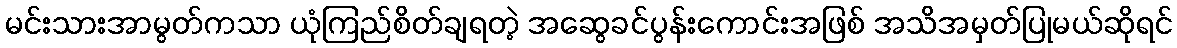
မင်းသားအာမွတ်ကသာ ယုံကြည်စိတ်ချရတဲ့ အဆွေခင်ပွန်းကောင်းအဖြစ် အသိအမှတ်ပြုမယ်ဆိုရင်